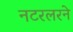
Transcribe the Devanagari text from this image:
नटरलरने